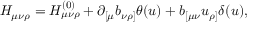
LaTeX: H _ { \mu \nu \rho } = H _ { \mu \nu \rho } ^ { ( 0 ) } + \partial _ { [ \mu } b _ { \nu \rho ] } \theta ( u ) + b _ { [ \mu \nu } u _ { \rho ] } \delta ( u ) ,